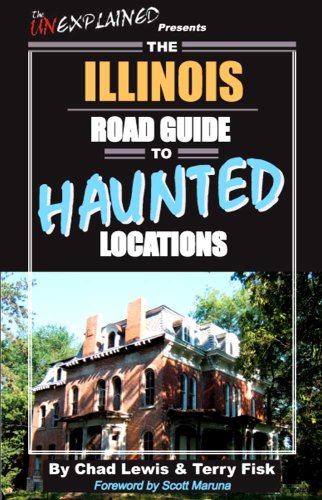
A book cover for The Illinois Road Guide to Haunted Locations; Chad Lewis; Religion & Spirituality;